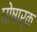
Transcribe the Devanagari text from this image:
घोषार्क